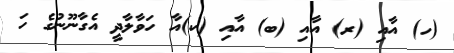
(ހ) އާއި (ރ) އާއި (ބ) އާއި (ކ)އާ ހަވާލާދީ އެގާނޫނުގެ ހަ